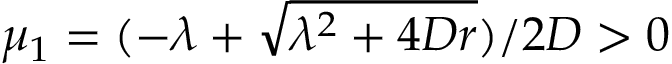
\mu _ { 1 } = ( - \lambda + \sqrt { \lambda ^ { 2 } + 4 D r } ) / 2 D > 0